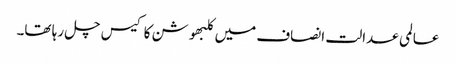
عالمی عدالت انصاف میں کلبھوشن کا کیس چل رہا تھا۔